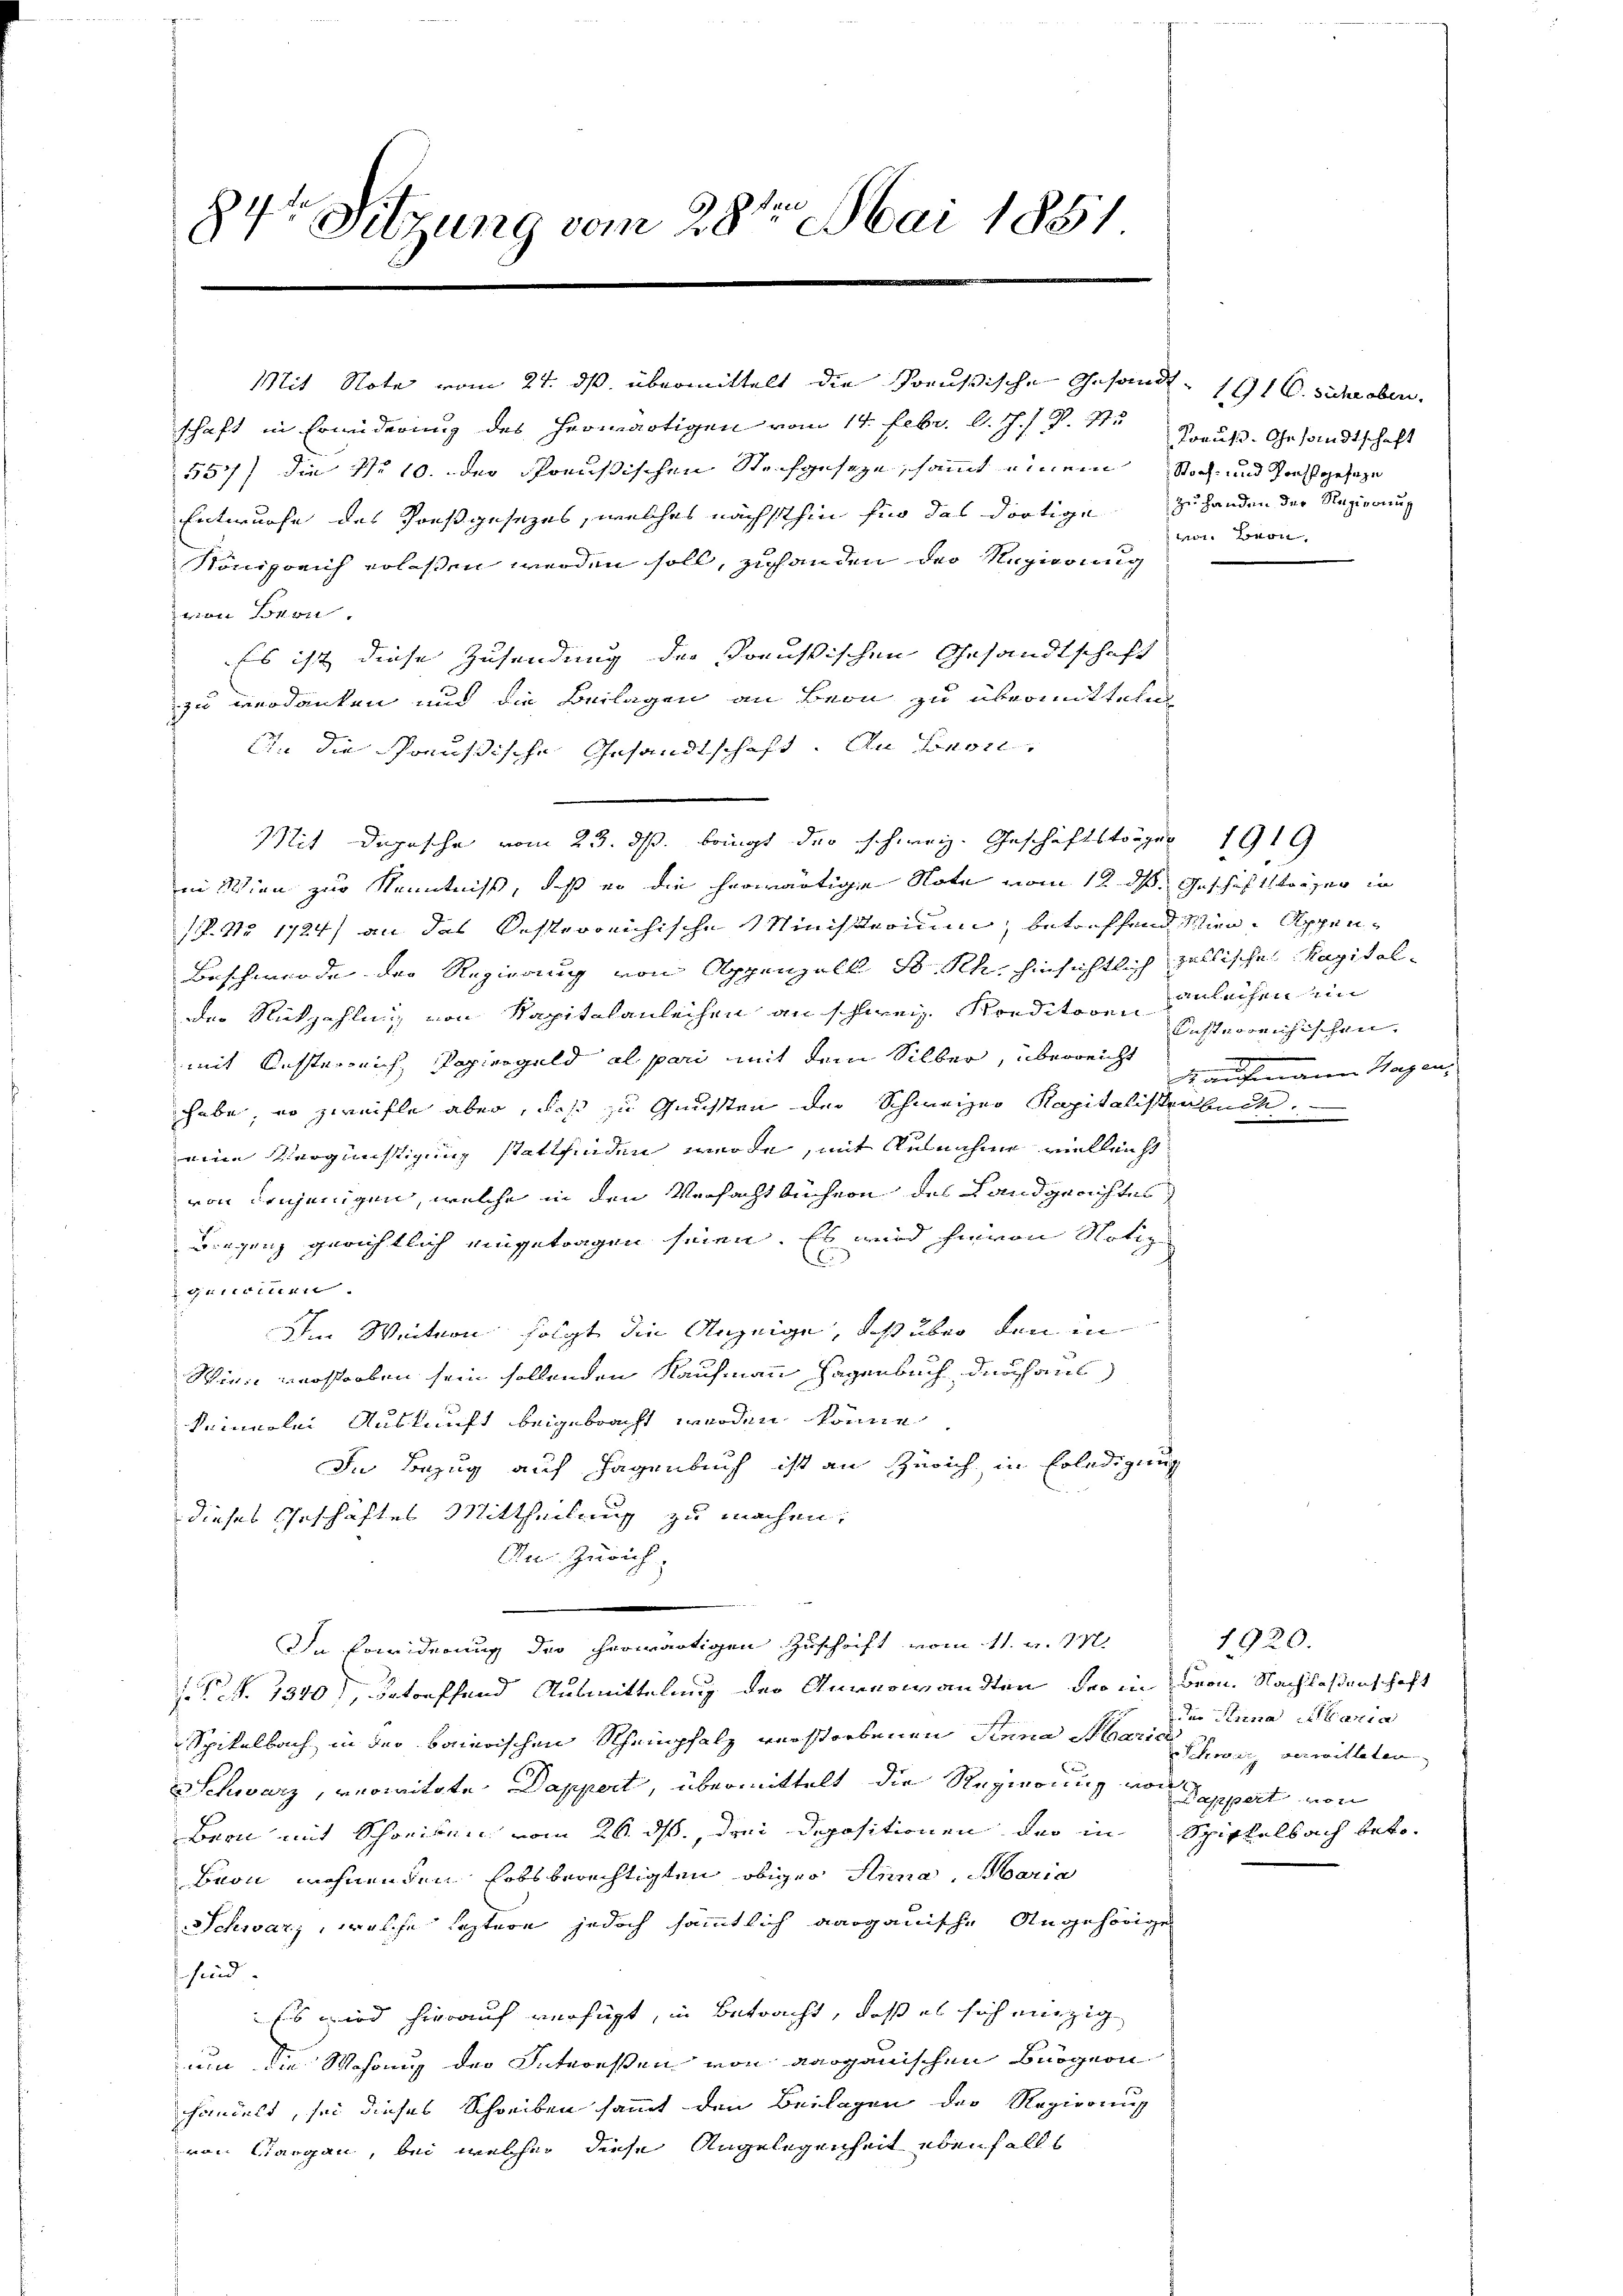
84. Sitzung vom 28ten Mai 1881

schaft in Erwiderung des herwärtigen vom 14. Febr. d. J. P. 11. Preuß. Gesandtschaft
557) die No 10. der Preußischen Steichgeseze, sammt einem Noch und Postgeseze
Entwurfe des Vorstgesezes, welches nächsthin für das dortige zu Handen der Regierung
Königreich erlassen werden soll, zuhanden der Regierung
von Bern.
Es ist diese Zusendung die Preußischen Gesandtschaft
zu verdanken und die Beilagen an Bern zu übermitteln
An die Schreußische Gesandtschaft. An Leon¬
Mit Depesche vom 23. ds. bringt der schweiz. Geschäftsträger 1919
in Wien zur Kenntniß, daß er die herwärtige Note vom 12. ds Geschäftsträger in
P. Nr. 1724) an das Resterreichische Ministerium, betreffend Wien, Appen¬
Beschwerde der Regierung von Appenzell S. Sch. hinsichtlich fallische Kapitalder Rückzahlnig von Kapitalanleihen an schweiz. Konditoren Geleichen ein
mit Resterreich, Papiergeld al pari mit dem Silber, überreicht
habe, wo zweifle aber, daß zu Gunsten der Schweizer Kapitalistenbuch.
eine Vergünstigung stattfinden werde, mit Ausnahme vielleicht
von denjenigen, welche in den Versacht auchern des Landgerichtes
Birgenz gerichtlich eingetragen seien. Es wird hievon Notiz
gnerinten
dem Weitern folgt die Anzeige, daß über den in
Wien verstorben sein sollenden Kaufmann Hagenbuch, durchaus
keinerlei Auskunft beigebracht werden könne
In Bezug auf Hagenbuch ist an Zürich in Erledigung
dieses Geschäftes Mittheilung zu machen.
Au Zürich,
In Erwiderung der herwärtigen Zuschrift vom 11. v. 17.
N. N. 1340), betreffend Ausmittelung der Anverwandten, der in Bern. Nachlaßenschaft
Spitalbach in der baierischen Scheinpfalz verstorbenen Sinna Marie schweiz gewitteten
C
Schwarz, verwitte Dappert, übermittelt die Regierung von Kappert von
Bern mit Schreiben vom 26. ds, drei Depositionen der in Spittelbach betr¬
Buon wohnenden Lobsberechtigten obiger Anna, Maria
Schwarz, welche seztere jedoch sämmtlich aargauische Angehörige
sind.
Es wird hierauf verfügt, in Betracht, daß es sich einzig
um die Wahrung der Interessen von aarganischen Burgern
handelt, sei dieses Schreiben sammt den Beilagen der Regierung
von Aargau, bei welcher diese Angelegenheit ebenfalls

Mit Note vom 24. ds. übermittelt die Preußische Gesandt. 191. siche oben,

to Bern,

Kusterreichischen.
.
Kaufmann Hagen,

1920.
der Anna Maria